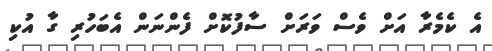
އެ ކެމެރާ އަށް ވެސް ވަރަށް ސާފުކޮށް ފެންނަން އެބަހުރި ގާ އުކި